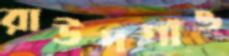
রাউদগাঁও